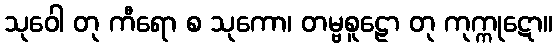
သုဝေါ တု ကီရော စ သုကော၊ တမ္ဗစူဠော တု ကုက္ကုဋော။